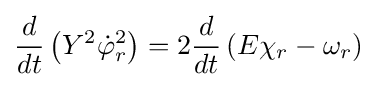
{\frac {d}{dt}}\left(Y^{2}{\dot {\varphi }}_{r}^{2}\right)=2{\frac {d}{dt}}\left(E\chi _{r}-\omega _{r}\right)